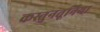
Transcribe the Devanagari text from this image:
कस्तुनतूनिया